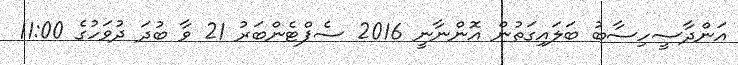
އަންދާސީހިސާބު ބަލައިގަތުން އޮންނާނީ 2016 ސެޕްޓެންބަރު 21 ވާ ބުދަ ދުވަހުގެ 11:00